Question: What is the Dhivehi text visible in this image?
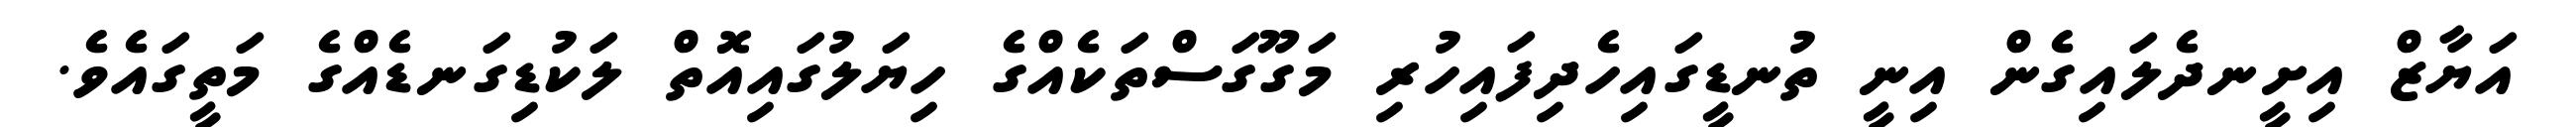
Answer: އަޔާޒް އިށީނދެލައިގެން އިނީ ތުނޑީގައިހެދިފައިހުރި މަގޫގަސްތަކެއްގެ ހިޔަލުގައިއޮތް ލަކުޑިގަނޑެއްގެ މަތީގައެވެ.